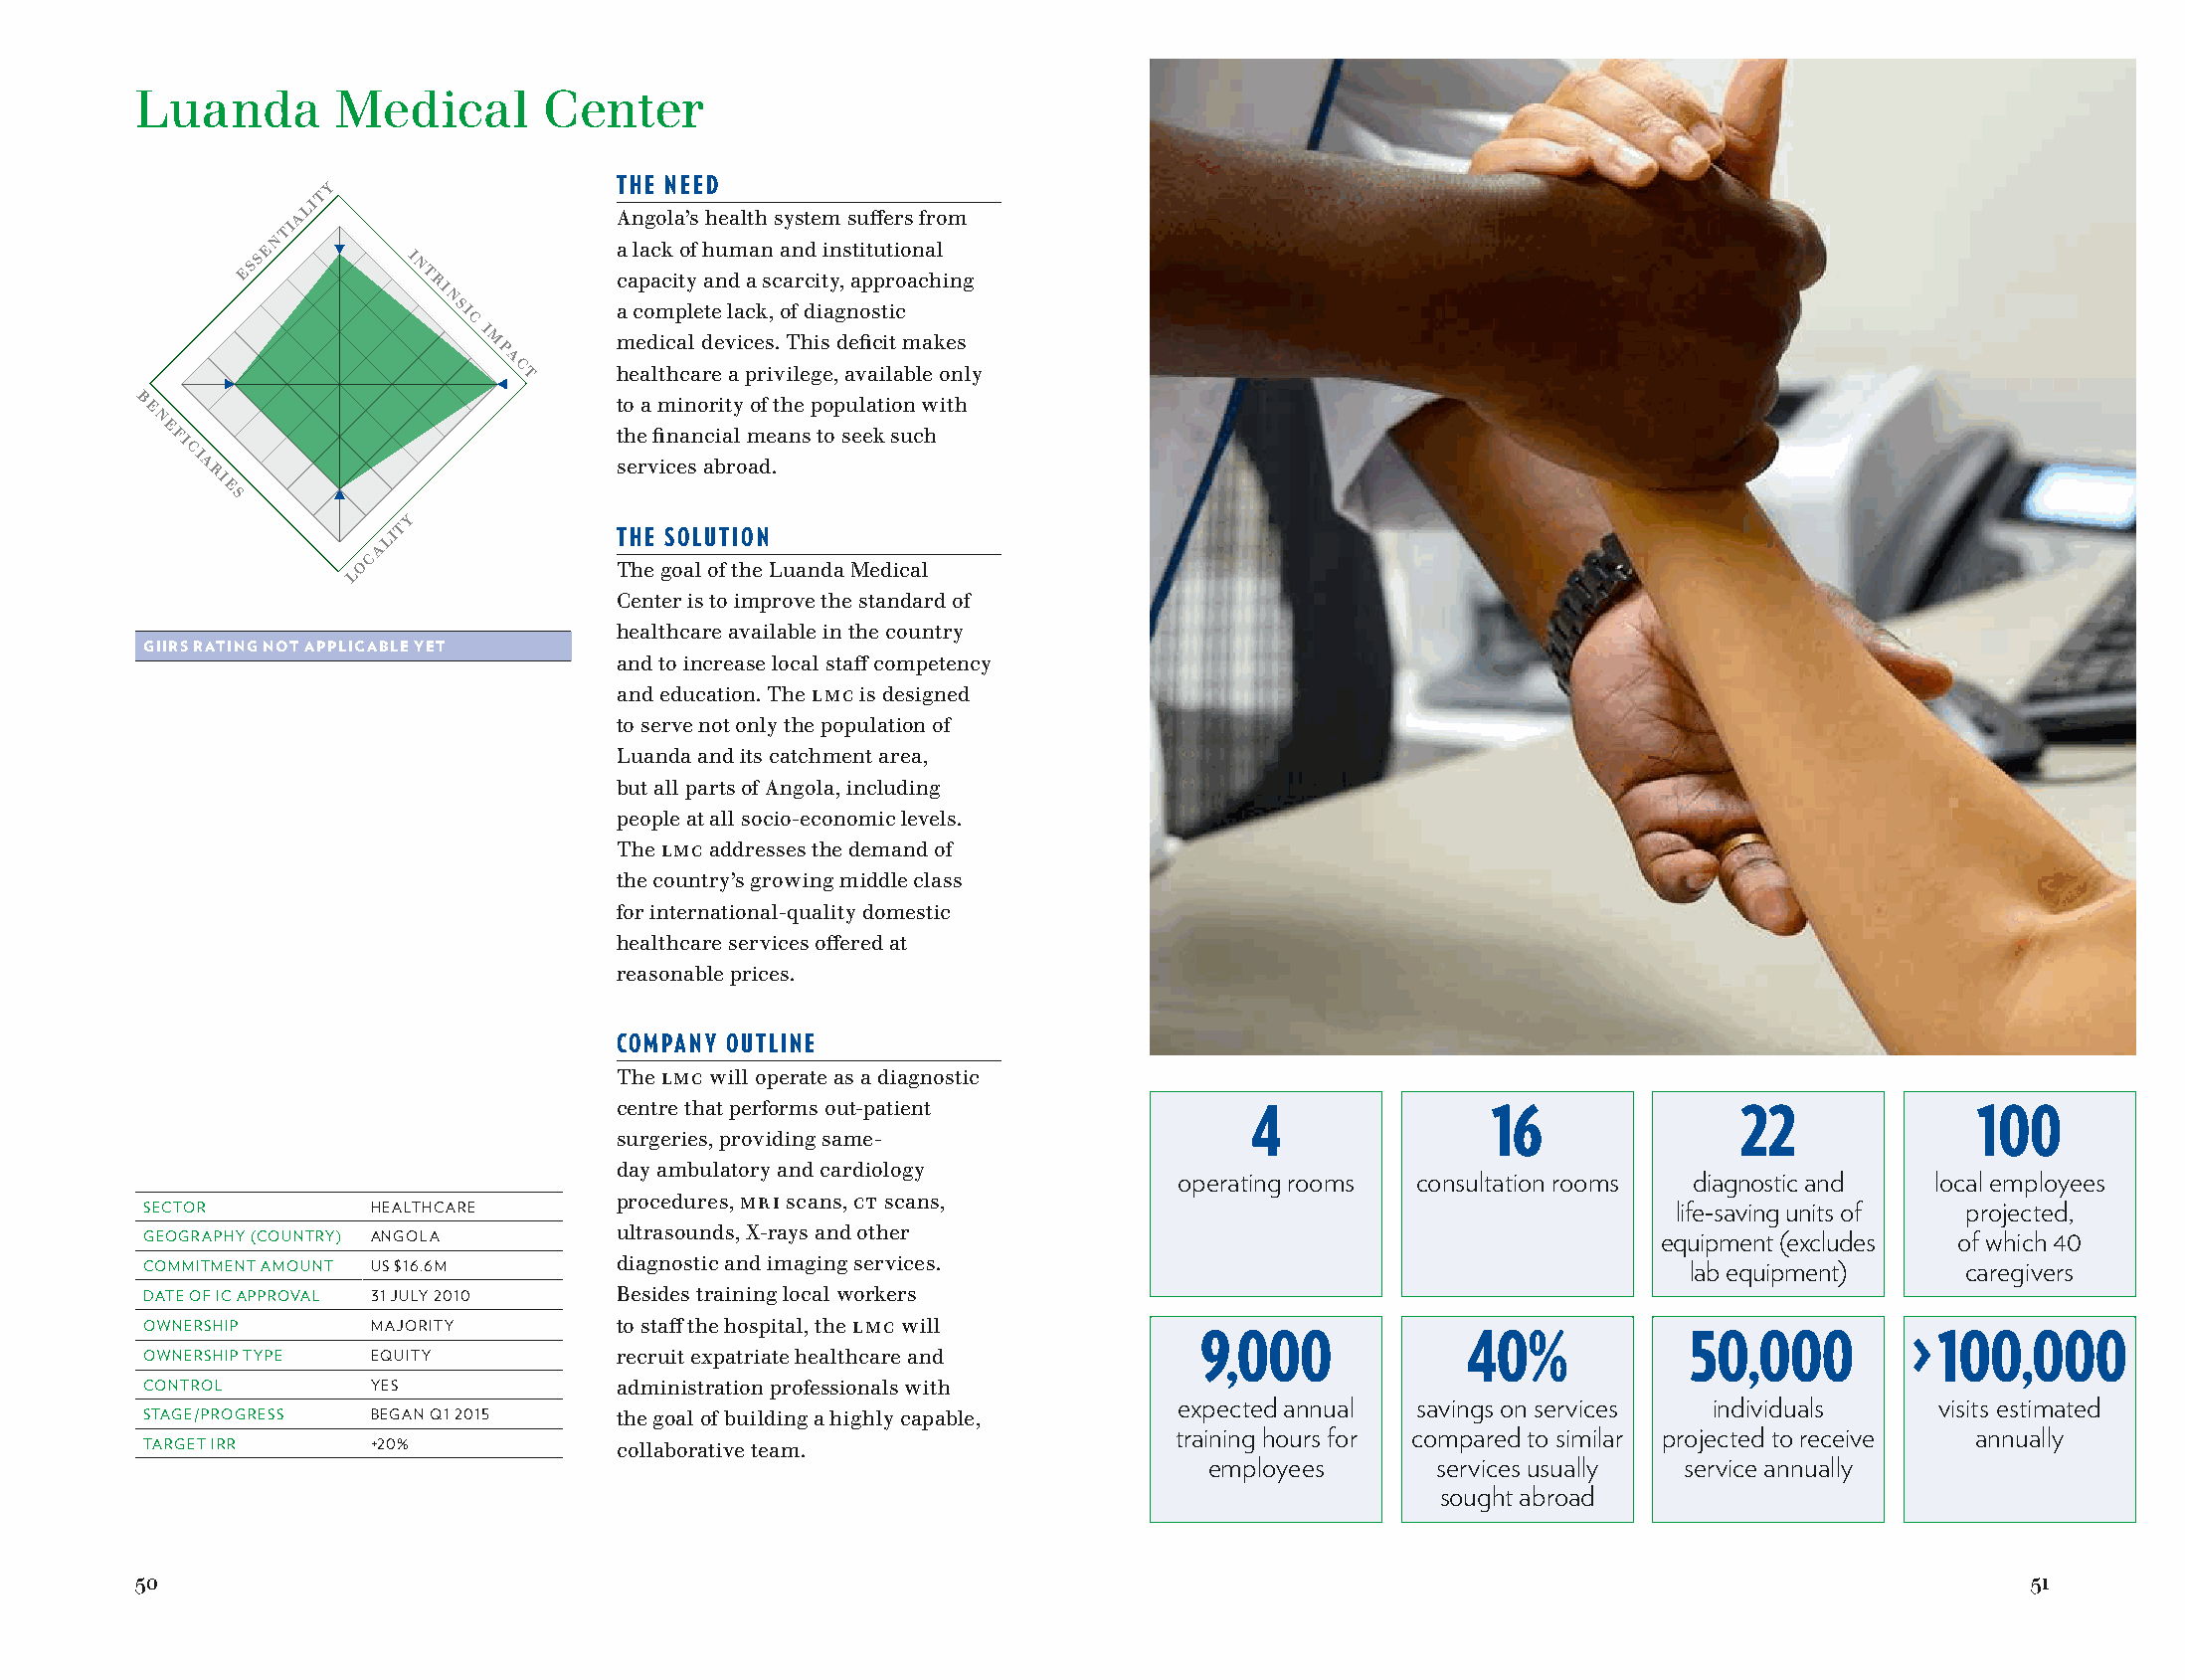
Luanda       Medical       Center
 LMC
 y                  THE NEED
 t
 li
 a                    Angola’s health system suffers from
 ti
 n
 e                       a lack of human and institutional
 Ess        I
 n
 t ri         capacity and a scarcity, approaching
 n
 si         a complete lack, of diagnostic
 c
 I
 m        medical devices. This deficit makes
 p
 a
 c t    healthcare a privilege, available only
 B                               to a minority of the population with
 e
 n
 e
 fi                            the financial means to seek such
 ci
 a                           services abroad.
 ri
 e
 s
 y
 t
 li              THE SOLUTION
 a
 c
 Lo                The goal of the Luanda Medical
 Center is to improve the standard of
 healthcare available in the country
 GIIRS RATING NOT APPLICABLE YET
 and to increase local staff competency
 and education. The LMC is designed
 to serve not only the population of
 Luanda and its catchment area,
 but all parts of Angola, including
 people at all socio-economic levels.
 The LMC addresses the demand of
 the country’s growing middle class
 for international-quality domestic
 healthcare services offered at
 reasonable prices.
 COMPANY OUTLINE
 The LMC will operate as a diagnostic
 centre that performs out-patient
 4               16               22              100
 surgeries, providing same-
 day ambulatory and cardiology
 operating rooms consultation rooms diagnostic and  local employees
 procedures, MRI scans, CT scans,
 SECTOR         HEALTHCARE                                                                             life-saving units of projected,
 ultrasounds, X-rays and other
 GEOGRAPHY (COUNTRY) ANGOLA                                                                           equipment (excludes of which 40
 COMMITMENT AMOUNT US $16.6M    diagnostic and imaging services.                                       lab equipment)     caregivers
 DATE OF IC APPROVAL 31 JULY 2010 Besides training local workers
 OWNERSHIP      MAJORITY        to staff the hospital, the LMC will
 9,000             40%           50,000         > 100,000
 OWNERSHIP TYPE EQUITY          recruit expatriate healthcare and
 CONTROL        YES             administration professionals with
 expected annual savings on services individuals    visits estimated
 STAGE/PROGRESS BEGAN Q1 2015   the goal of building a highly capable,
 training hours for compared to similar projected to receive annually
 TARGET IRR     +20%            collaborative team.
 employees       services usually service annually
 sought abroad
 50                                                                                                                            51